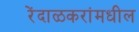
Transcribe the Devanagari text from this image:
रेंदाळकरांमधील